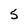
Character: 5